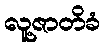
လူ့ဇာတိခံ